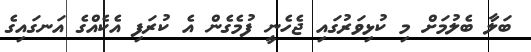
ބަލާ ބެލުމަށް މި ކުޅިވަރުގައި ޖެހެނީ ފުމެގެން އެ ކުރަފި އެކެއްގެ އަނގައިގެ